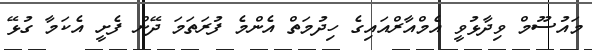
މައުސޫމް ވިދާޅުވީ އެމްއާރްއައިގެ ހިދުމަތް އެންމެ ފުރަތަމަ ދޭން ފެށީ އެކަމާ ގުޅޭ